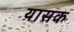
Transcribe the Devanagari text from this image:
यासक